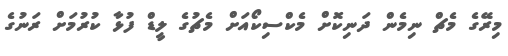
މިރޭގެ މެޗް ނިމެން ދަނިކޮށް މެކްސިކޯއަށް މެޗުގެ ލީޑް ފުޅާ ކުރުމަށް ރަނުގެ